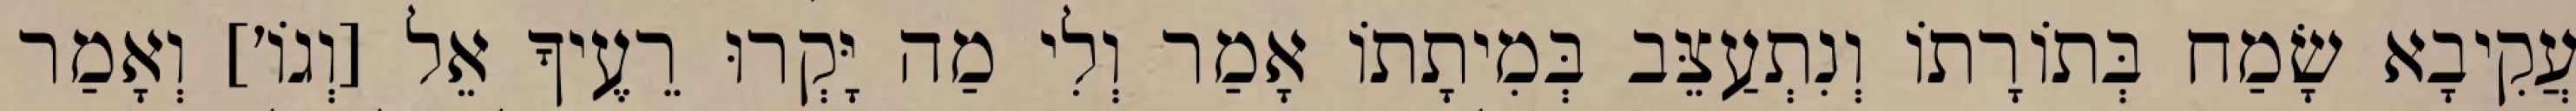
עֲקִיבָא שָׂמַח בְּתוֹרָתוֹ וְנִתְעַצֵּב בְּמִיתָתוֹ אָמַר וְלִי מַה יָּקְרוּ רֵעֶיךָ אֵל [וְגוֹ׳] וְאָמַר